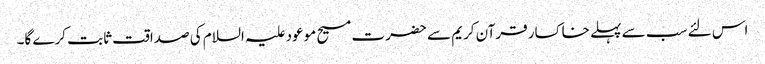
اس لئے سب سے پہلے خاکسار قرآن کریم سے حضرت مسیح موعود علیہ السلام کی صداقت ثابت کرے گا۔